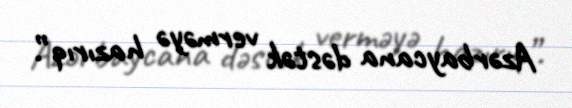
Azərbaycana dəstək verməyə hazırıq”.